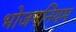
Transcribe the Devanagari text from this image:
भोजननियम